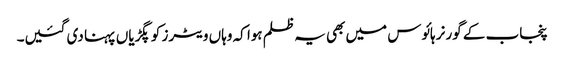
پنجاب کے گورنر ہائوس میں بھی یہ ظلم ہوا کہ وہاں ویٹرز کو پگڑیاں پہنا دی گئیں۔